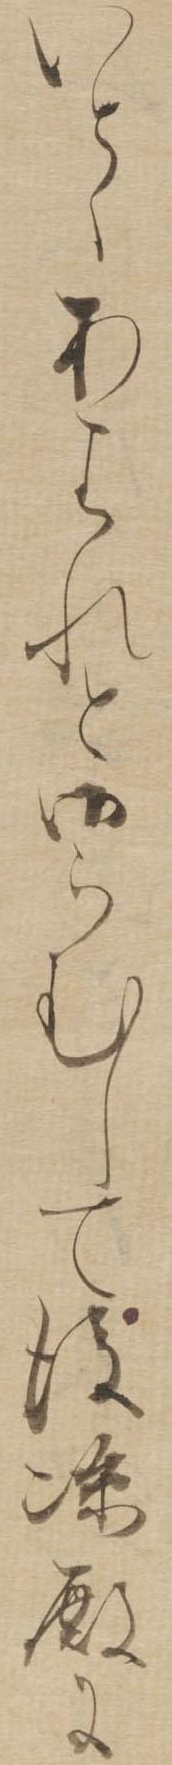
いとゝあはれと御らむして後涼殿に